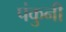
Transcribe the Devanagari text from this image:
पंकुनी